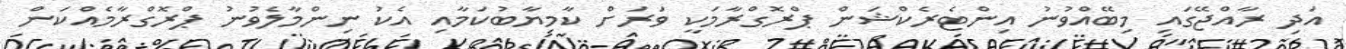
އަދި ރާއްޖޭގައި މިބޭއްވުނު އިންޓެރެކްޝަން ޕްރޮގްރާމަކީ ވަރަށް ކާމިޔާބުކަމާއި އެކު ނިންމާލެވުނު ޕްރޮގްރާމެއްކަން